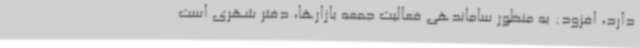
دارد، افزود: به منظور ساماندهی فعالیت جمعه بازارها، دفتر شهری است